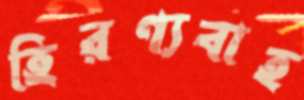
হিরণ্যবাহ